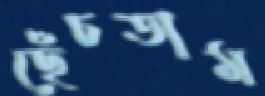
ছেঁচতাম